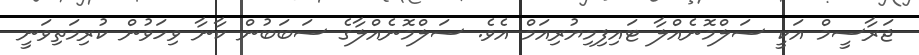
ޖަރާސީމް އަކީ ސަލްމޮނެއްލާ ޓައިފިމިޔުރިއަމް އެވެ. ސަލްމޮނެއްލާގެ ސަބަބުން ކާނާ ވިހަވުން ކުރިމަތިވަނީ